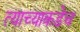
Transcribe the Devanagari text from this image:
त्याच्याकडेच